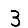
Digit: 3